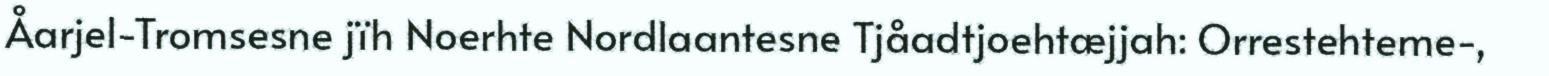
Åarjel-Tromsesne jïh Noerhte Nordlaantesne Tjåadtjoehtæjjah: Orrestehteme-,